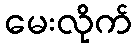
မေးလိုက်